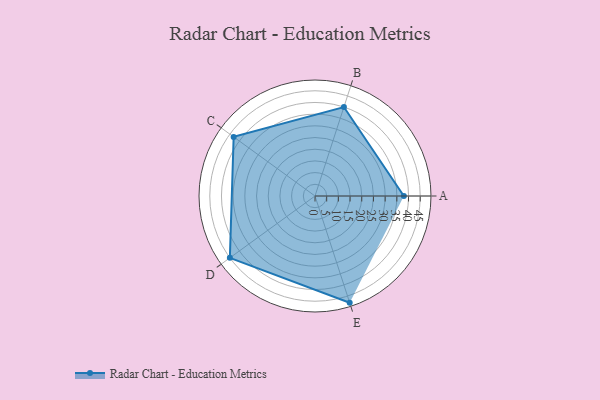
{"axis": {"x": "Skill", "y": "Score"}, "legend": ["Profile"], "data": [{"x": "A", "y": 38.0, "type": "Profile"}, {"x": "B", "y": 40.0, "type": "Profile"}, {"x": "C", "y": 43.0, "type": "Profile"}, {"x": "D", "y": 45.0, "type": "Profile"}, {"x": "E", "y": 48.0, "type": "Profile"}]}